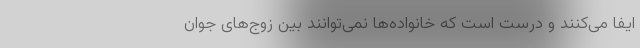
ایفا می‌کنند و درست است که خانواده‌ها نمی‌توانند بین زوج‌های جوان